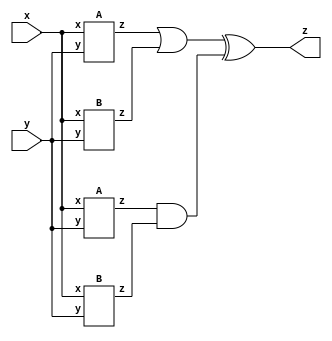
module top_module (input x, input y, output z);

    wire t1,t2,t3,t4,t5,t6;
    A a1(x,y,t1);
    B b1(x,y,t2);
    A a2(x,y,t3);
    B b2(x,y,t4);
    
    or(t5,t1,t2);
    and(t6,t3,t4);
    xor(z,t5,t6);
endmodule

module A (input x, input y, output z);
    assign z = (x^y) & x;
endmodule

module B (input x, input y, output z);
    xnor(z,x,y);
endmodule